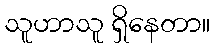
သူဟာသူ ရှိနေတာ။